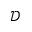
\mathcal { D }